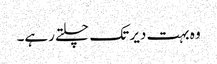
وہ بہت دیر تک چلتے رہے۔